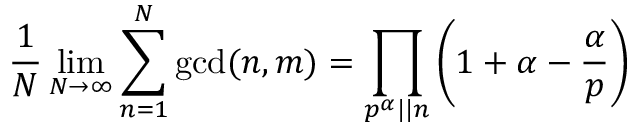
{ \frac { 1 } { N } } \operatorname* { l i m } _ { N \to \infty } \sum _ { n = 1 } ^ { N } \operatorname* { g c d } ( n , m ) = \prod _ { p ^ { \alpha } | | n } \left( 1 + \alpha - { \frac { \alpha } { p } } \right)